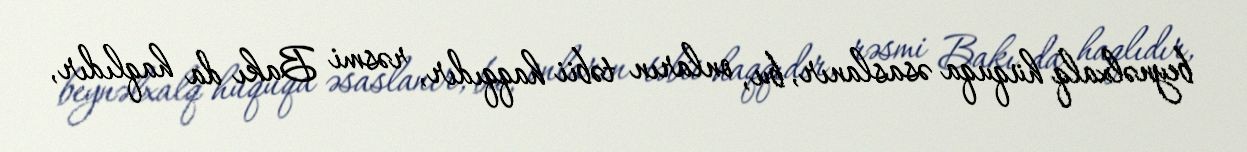
beynəlxalq hüquqa əsaslanır, bu, onların təbii haqqıdır, rəsmi Bakı da haqlıdır,